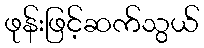
ဖုန်းဖြင့်ဆက်သွယ်